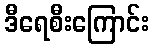
ဒီရေစီးကြောင်း